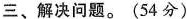
三、解决问题。(54分)